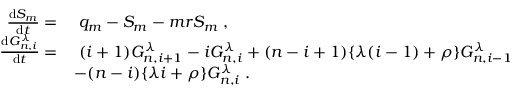
\begin{array} { r l } { \frac { \mathrm { d } S _ { m } } { \mathrm { d } t } = } & { \; q _ { m } - S _ { m } - m r S _ { m } \; , } \\ { \frac { \mathrm { d } G _ { n , i } ^ { \lambda } } { \mathrm { d } t } = } & { \; ( i + 1 ) G _ { n , i + 1 } ^ { \lambda } - i G _ { n , i } ^ { \lambda } + ( n - i + 1 ) \lbrace \lambda ( i - 1 ) + \rho \rbrace G _ { n , i - 1 } ^ { \lambda } } \\ & { - ( n - i ) \lbrace \lambda i + \rho \rbrace G _ { n , i } ^ { \lambda } \; . } \end{array}